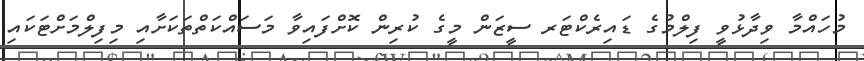
މުހައްމާ ވިދާޅުވީ ފިލްމުގެ ޑައިރެކްޓަރ ސީޒަން މީގެ ކުރިން ކޮށްފައިވާ މަސައްކަތްތަކަށާއި މިފިލްމަށްޓަކައި